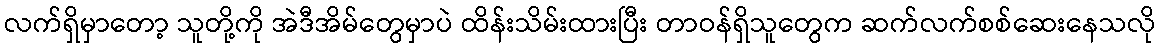
လက်ရှိမှာတော့ သူတို့ကို အဲဒီအိမ်တွေမှာပဲ ထိန်းသိမ်းထားပြီး တာဝန်ရှိသူတွေက ဆက်လက်စစ်ဆေးနေသလို